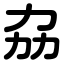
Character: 劦